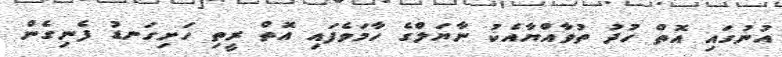
އުނުގައި އޮތް ހުދު ތުވާއްޔާއެކު ނާޔަލްގެ ހާމަވެފައި އޮތް ރީތި ހަށިގަނޑު ފެނިގެން